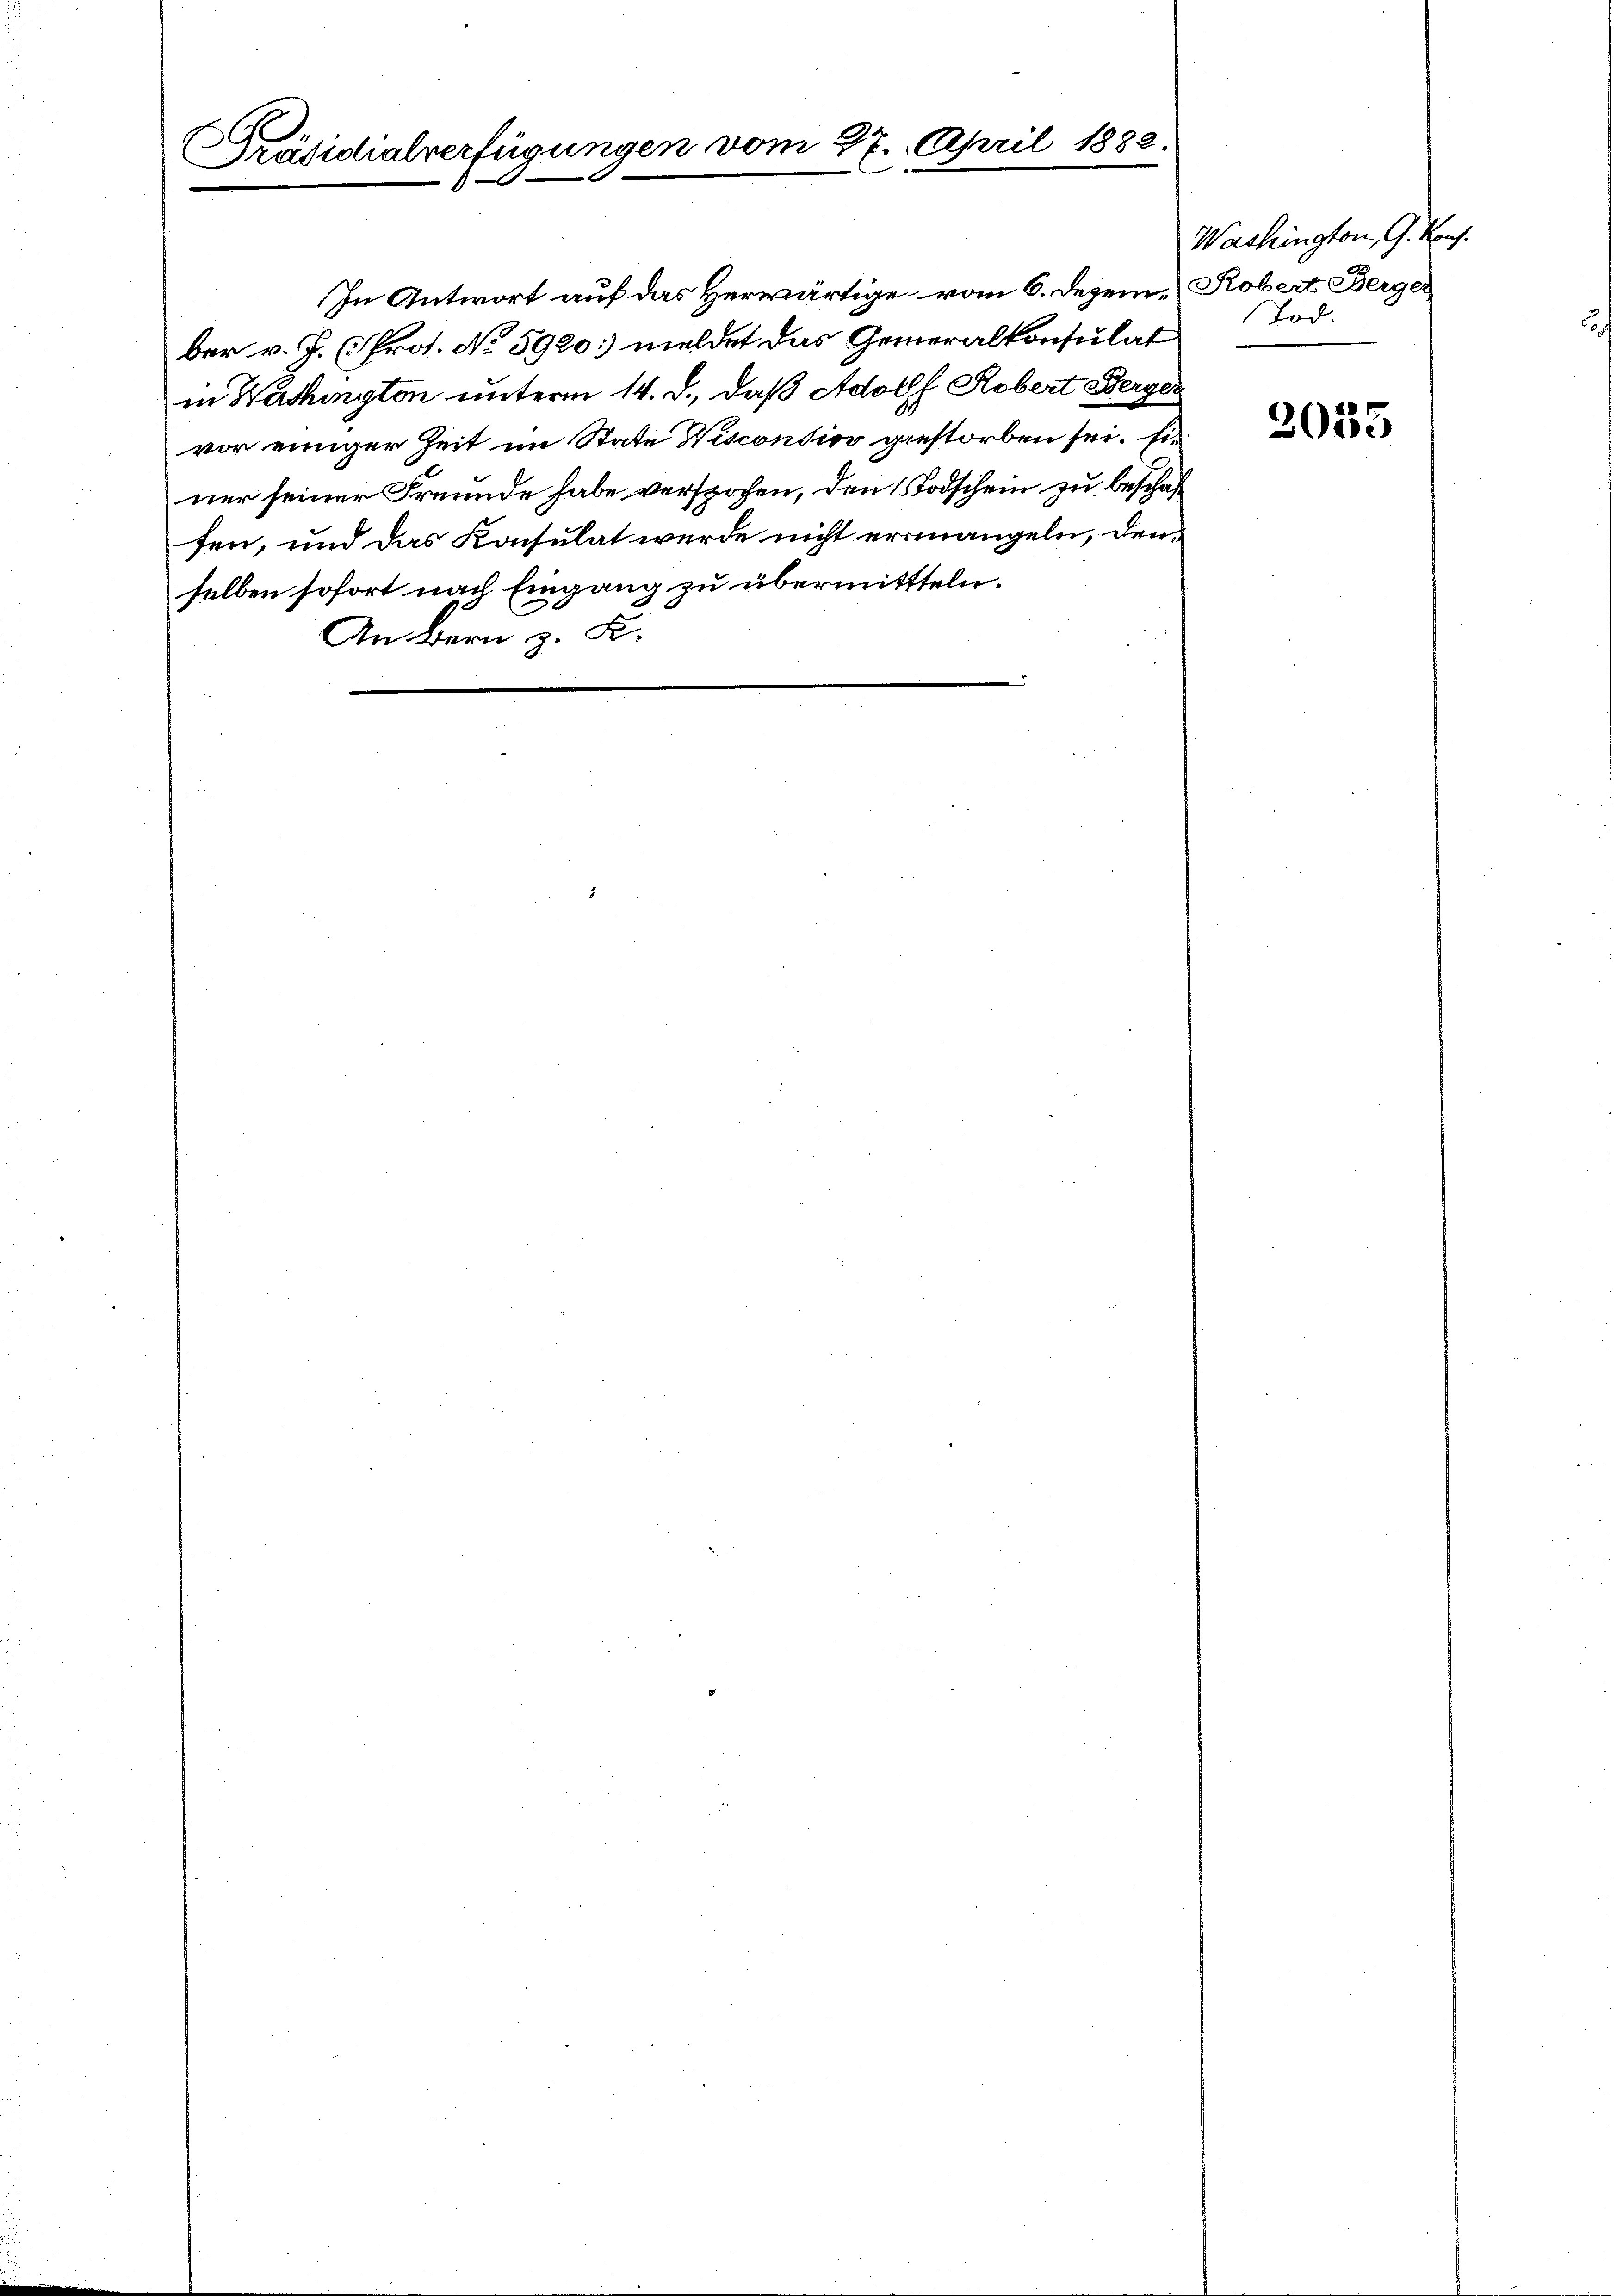
4
g
Präsidialverfügungen vom 17. April 1882
.

In Antwort auf das Herwärtige vom 6. Dezem. Robert Berger
ber v. J. (Prot. No 5920: meldet das Generalkonsulat
in Washington unterm 14. d., daß Adolf Robert Berger
vor einiger Zeit im State Wiscontin gestorben sei. Einer seiner Freunde habe verspochen, den Todschein zu beschaffen, und das Konsulat werde nicht ermangeln, denselben sofort nach Eingang zu übermittteln.
An Bern z. B.

Washington, G. Kauf.
Tod.

2035